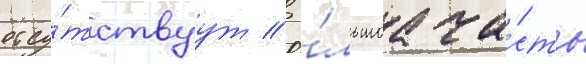
отсу́тствуут // Бо́льшаа ча́сть